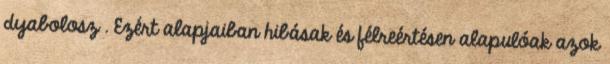
dyabolosz . Ezért alapjaiban hibásak és félreértésen alapulóak azok